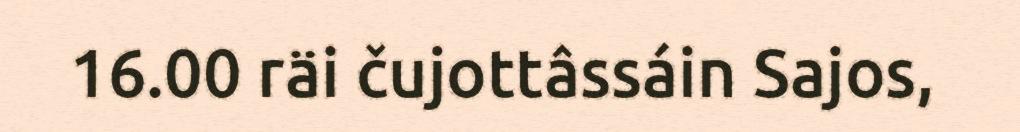
16.00 räi čujottâssáin Sajos,